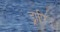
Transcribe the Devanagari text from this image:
ड्रापिउ